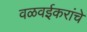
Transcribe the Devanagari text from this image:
वळवईकरांचे